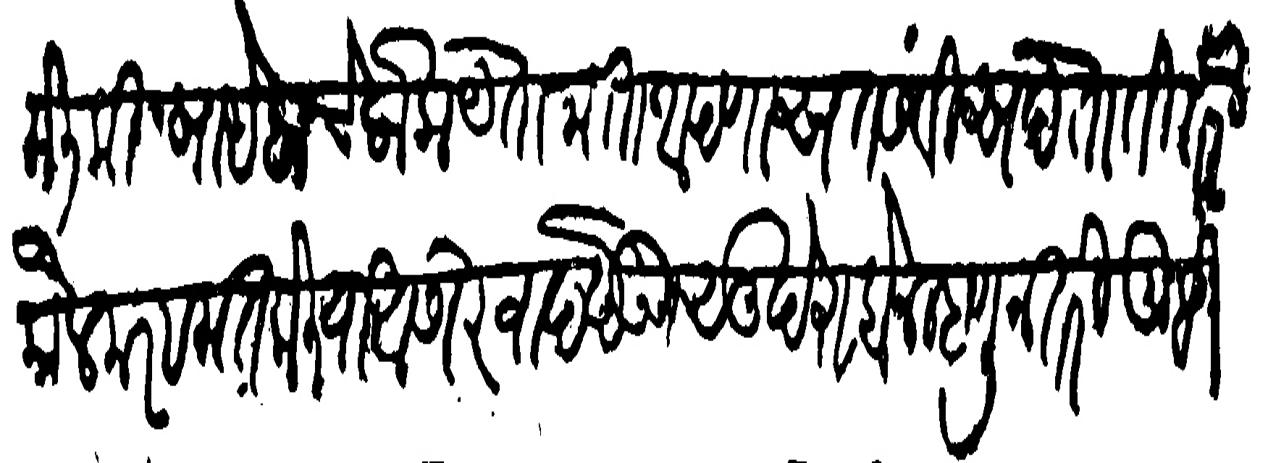
Transliteration (Devanagari): केली की साहेबाचे लोक येता जाता आपणास तसवीस देताती तरी कौल मरहमत केलिया आसिरवाद देऊन सुखे राहोन म्हणून तरी तुम्ही